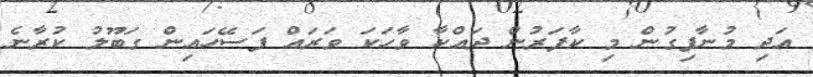
އަދި މުނާފިގުން މި ކާފަރުން ދައްކާ ވާހަކަ ވަރައް ފަސޭހައިން ގަބޫލު ކުރާނެ